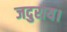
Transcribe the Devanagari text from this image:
जदुराय।